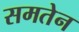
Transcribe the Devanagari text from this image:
समतेन